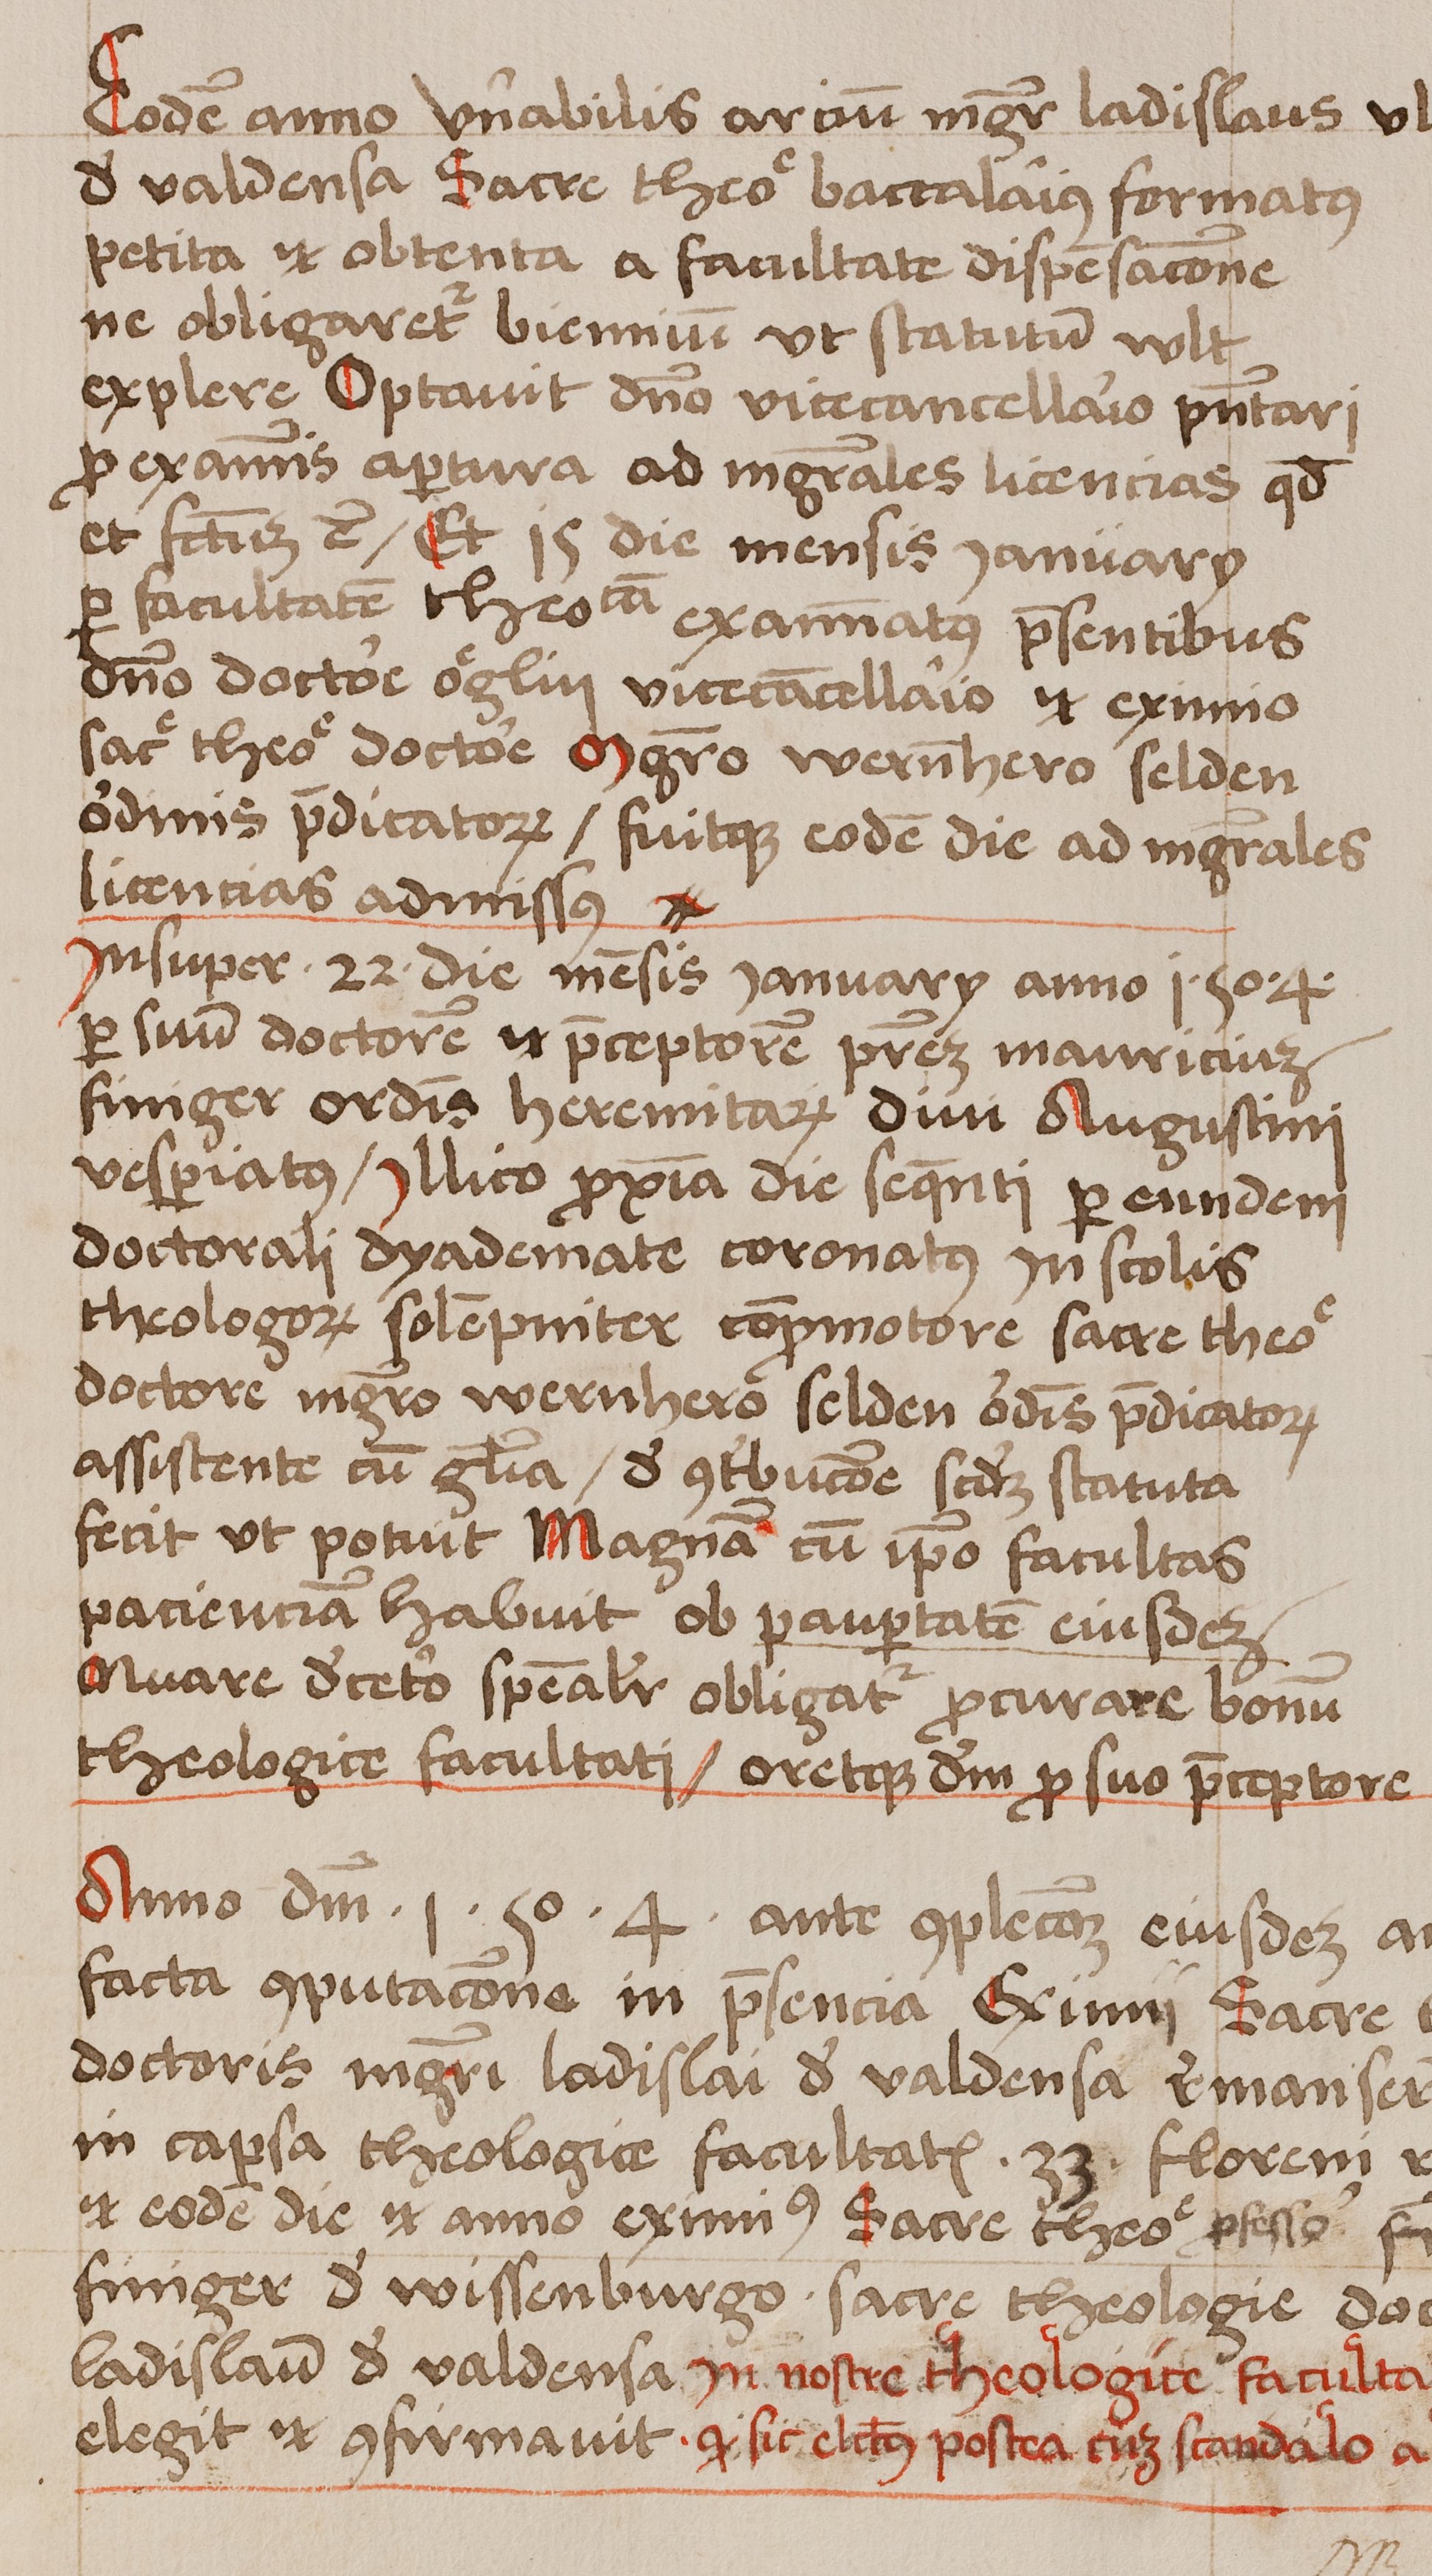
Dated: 1462–1740